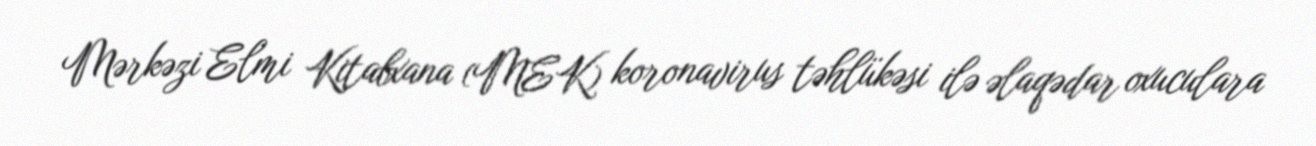
Mərkəzi Elmi Kitabxana (MEK) koronavirus təhlükəsi ilə əlaqədar oxuculara